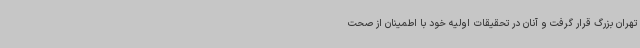
تهران بزرگ قرار گرفت و آنان در تحقیقات اولیه خود با اطمینان از صحت